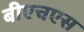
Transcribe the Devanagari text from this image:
बीएचएस